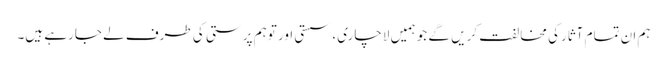
ہم ان تمام آثارکی مخالفت کریں گے جو ہمیں لاچاری، سستی اور توہم پرستی کی طرف لے جارہے ہیں۔